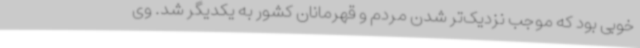
خوبی بود که موجب نزدیک‌تر شدن مردم و قهرمانان کشور به یکدیگر شد. وی